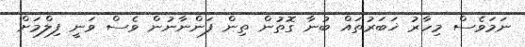
ނަމަވެސް މިހާރު ޚަބަރުތައް ބުނާ ގޮތުން ތިން ފަންނާނުން ވެސް ވަނީ ފިލްމަށް